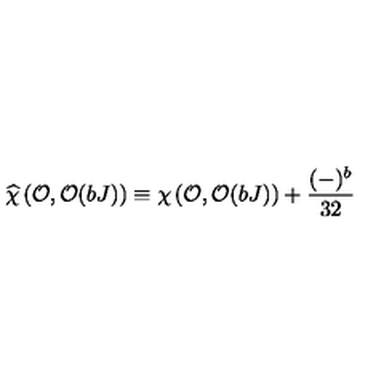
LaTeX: \widehat { \chi } \left( { \cal O } , { \cal O } ( b J ) \right) \equiv \chi \left( { \cal O } , { \cal O } ( b J ) \right) + { \frac { ( - ) ^ { b } } { 3 2 } }